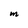
Character: M